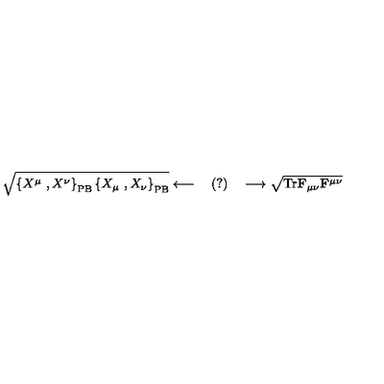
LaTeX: \sqrt { \left\{ X ^ { \mu } \ , X ^ { \nu } \right\} _ { \mathrm { P B } } \left\{ X _ { \mu } \ , X _ { \nu } \right\} _ { \mathrm { P B } } } \longleftarrow \quad ( ? ) \quad \longrightarrow \sqrt { \mathrm { T r } \mathbf { F } _ { \mu \nu } \mathbf { F } ^ { \mu \nu } }